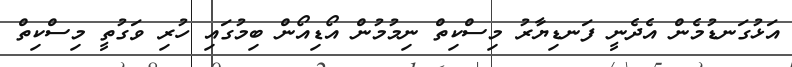
އަޅުގަނޑުމެން އެދެނީ ފަނޑިޔާރު މިސްކިތް ނިމުމުން އޯޑިއޯން ބިމުގައި ހުރި ވަގުތީ މިސްކިތް